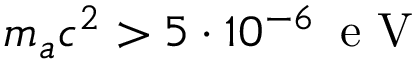
m _ { a } c ^ { 2 } > 5 \cdot 1 0 ^ { - 6 } \, \mathrm { ~ e ~ V ~ }